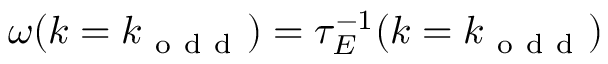
\omega ( k = k _ { \mathrm { ~ o ~ d ~ d ~ } } ) = \tau _ { E } ^ { - 1 } ( k = k _ { \mathrm { ~ o ~ d ~ d ~ } } )